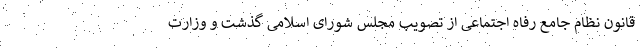
قانون نظام جامع رفاه اجتماعی از تصویب مجلس شورای اسلامی گذشت و وزارت